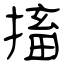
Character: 搐